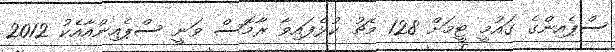
ސްޕެއިންގެ ގައުމީ ޓީމަށް 128 މެޗު ކުޅެފައިވާ ރާމޮސް ވަނީ ސްޕެއިންއާއެކު 2012